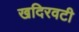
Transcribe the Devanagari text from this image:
खदिरवटी